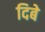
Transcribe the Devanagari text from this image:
दिबे